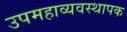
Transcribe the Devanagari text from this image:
उपमहाव्यवस्थापक